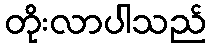
တိုးလာပါသည်